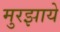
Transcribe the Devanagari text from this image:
मुरझाये